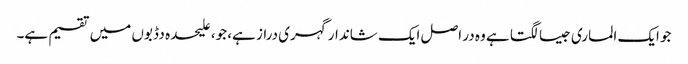
جو ایک الماری جیسا لگتا ہے وہ در اصل ایک شاندار گہری دراز ہے، جو، علیحدہ دڈبوں میں تقسیم ہے۔